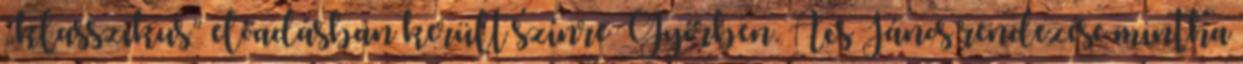
„klasszikus” előadásban került színre Győrben. Ács János rendezése mintha